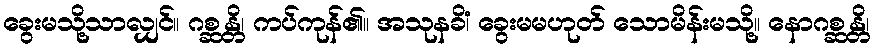
ခွေးမသို့သာလျှင်။ ဂစ္ဆန္တိ၊ ကပ်ကုန်၏။ အသုနခိံ၊ ခွေးမမဟုတ် သောမိန်းမသို့။ နောဂစ္ဆန္တိ၊